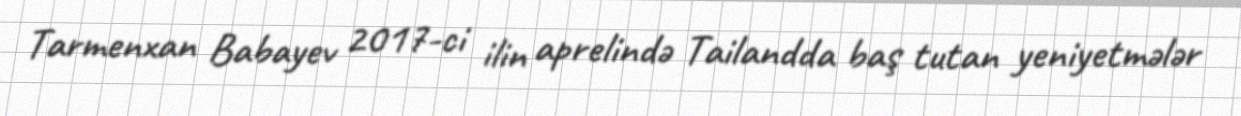
Tarmenxan Babayev 2017-ci ilin aprelində Tailandda baş tutan yeniyetmələr